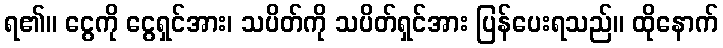
ရ၏။ ငွေကို ငွေရှင်အား၊ သပိတ်ကို သပိတ်ရှင်အား ပြန်ပေးရသည်။ ထိုနောက်